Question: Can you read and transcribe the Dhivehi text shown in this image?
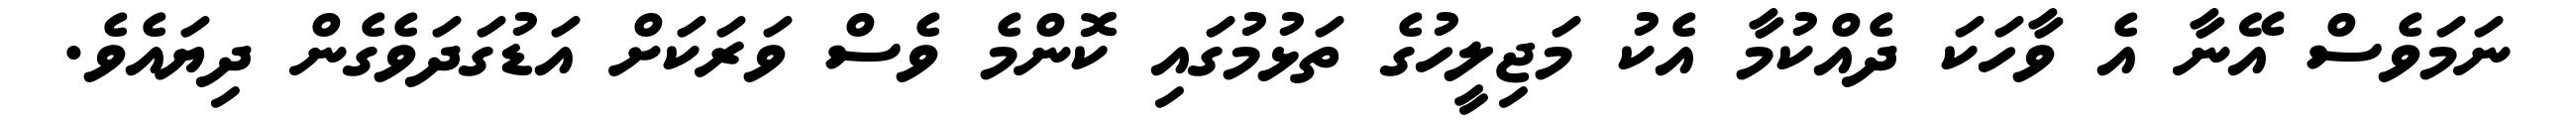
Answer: ނަމަވެސް އޭނާ އެ ވާހަކަ ދެއްކުމާ އެކު މަޖިލީހުގެ ތަޅުމުގައި ކޮންމެ ވެސް ވަރަކަށް އަޑުގަދަވެގެން ދިޔައެވެ.